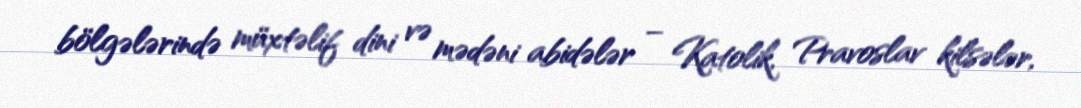
bölgələrində müxtəlif dini və mədəni abidələr – Katolik, Pravoslav kilsələr,